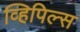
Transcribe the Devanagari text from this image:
व्हिपिल्स